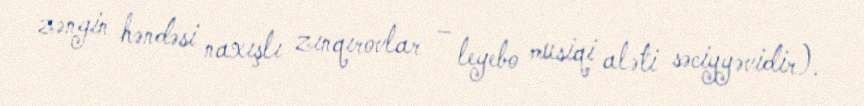
zəngin həndəsi naxışlı zınqırovlar – leyebo musiqi aləti səciyyəvidir).